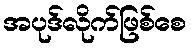
အပုဒ်လိုက်ဖြစ်စေ